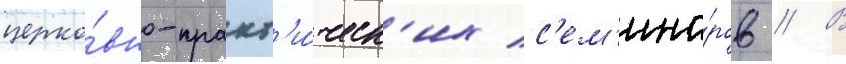
церко́вно-практ'и́ческ'их с'ем'ина́ров // В